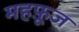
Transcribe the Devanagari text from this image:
महफ़ूज